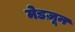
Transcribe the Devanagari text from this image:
मेडज़ून